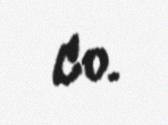
Co.